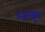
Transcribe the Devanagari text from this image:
रत्नासुर